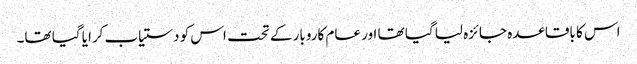
اس کا باقاعدہ جائزہ لیا گیا تھا اور عام کاروبار کے تحت اس کو دستیاب کرایا گیا تھا۔